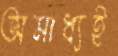
অসাধ্যই